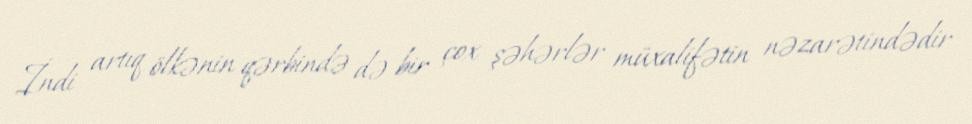
İndi artıq ölkənin qərbində də bir çox şəhərlər müxalifətin nəzarətindədir